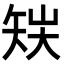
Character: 𥎽